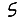
Digit: 5